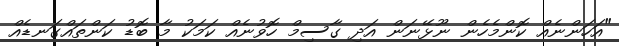
"އަހަންނެއް ކޮންމެހެން ނޫޅޭނަން އަދި ގާސިމް ހޮވުނެއް ކަމަކު މާ ބޮޑު ކަންތައްގަނޑެއް